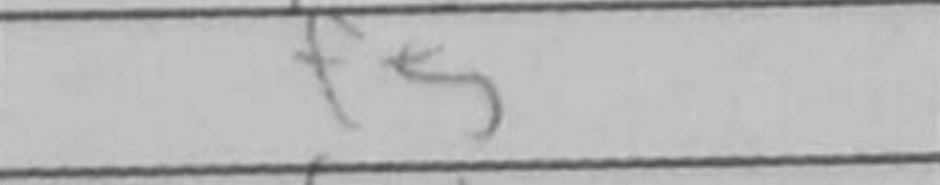
Transcription: f5